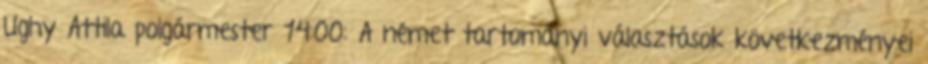
Ughy Attila polgármester 14:00: A német tartományi választások következményei